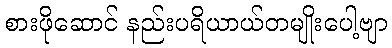
စားဖိုဆောင် နည်းပရိယာယ်တမျိုးပေါ့ဗျာ